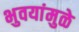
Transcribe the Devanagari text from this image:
भुवयांमुळे